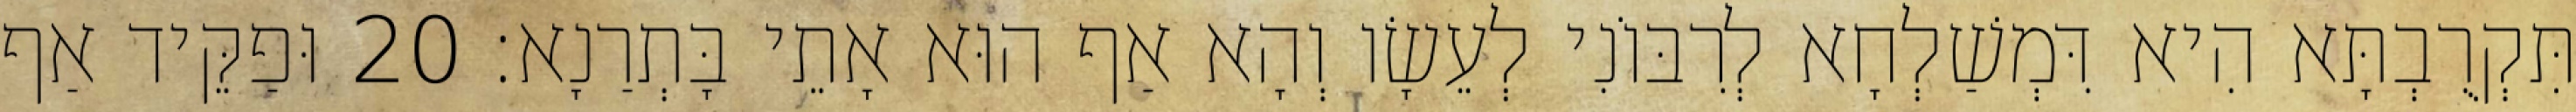
תִּקְרֻבְתָּא הִיא דִּמְשַׁלְחָא לְרִבּוֹנִי לְעֵשָׂו וְהָא אַף הוּא אָתֵי בָּתְרַנָא׃ 20 וּפַקֵּיד אַף